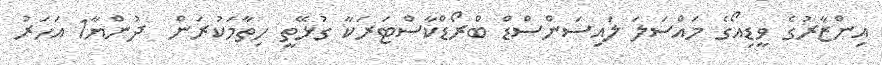
އިންޒާރުގެ ވީޑިއޯގެ މައްސަލަ ލައިސަންސްޑް ބްރޯޑްކާސްޓަރަކާ ގުޅޭތީ ހިތާމަކުރަން  ދުންޔާ1 އަހަރު